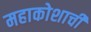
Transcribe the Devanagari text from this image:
महाकोशाची